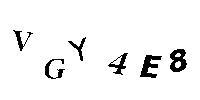
VGY4E8